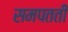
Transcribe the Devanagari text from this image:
समपतती